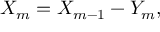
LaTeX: X _ { m } = X _ { m - 1 } - Y _ { m } ,